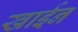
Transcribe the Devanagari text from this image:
खाईन